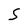
Character: S